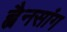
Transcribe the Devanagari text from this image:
ह्वैनसांग